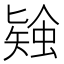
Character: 𧎃